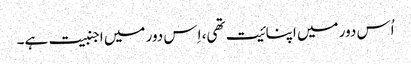
اُس دور میں اپنائیت تھی، اِس دور میں اجنبیت ہے۔